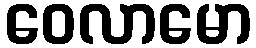
ဝေလာမော